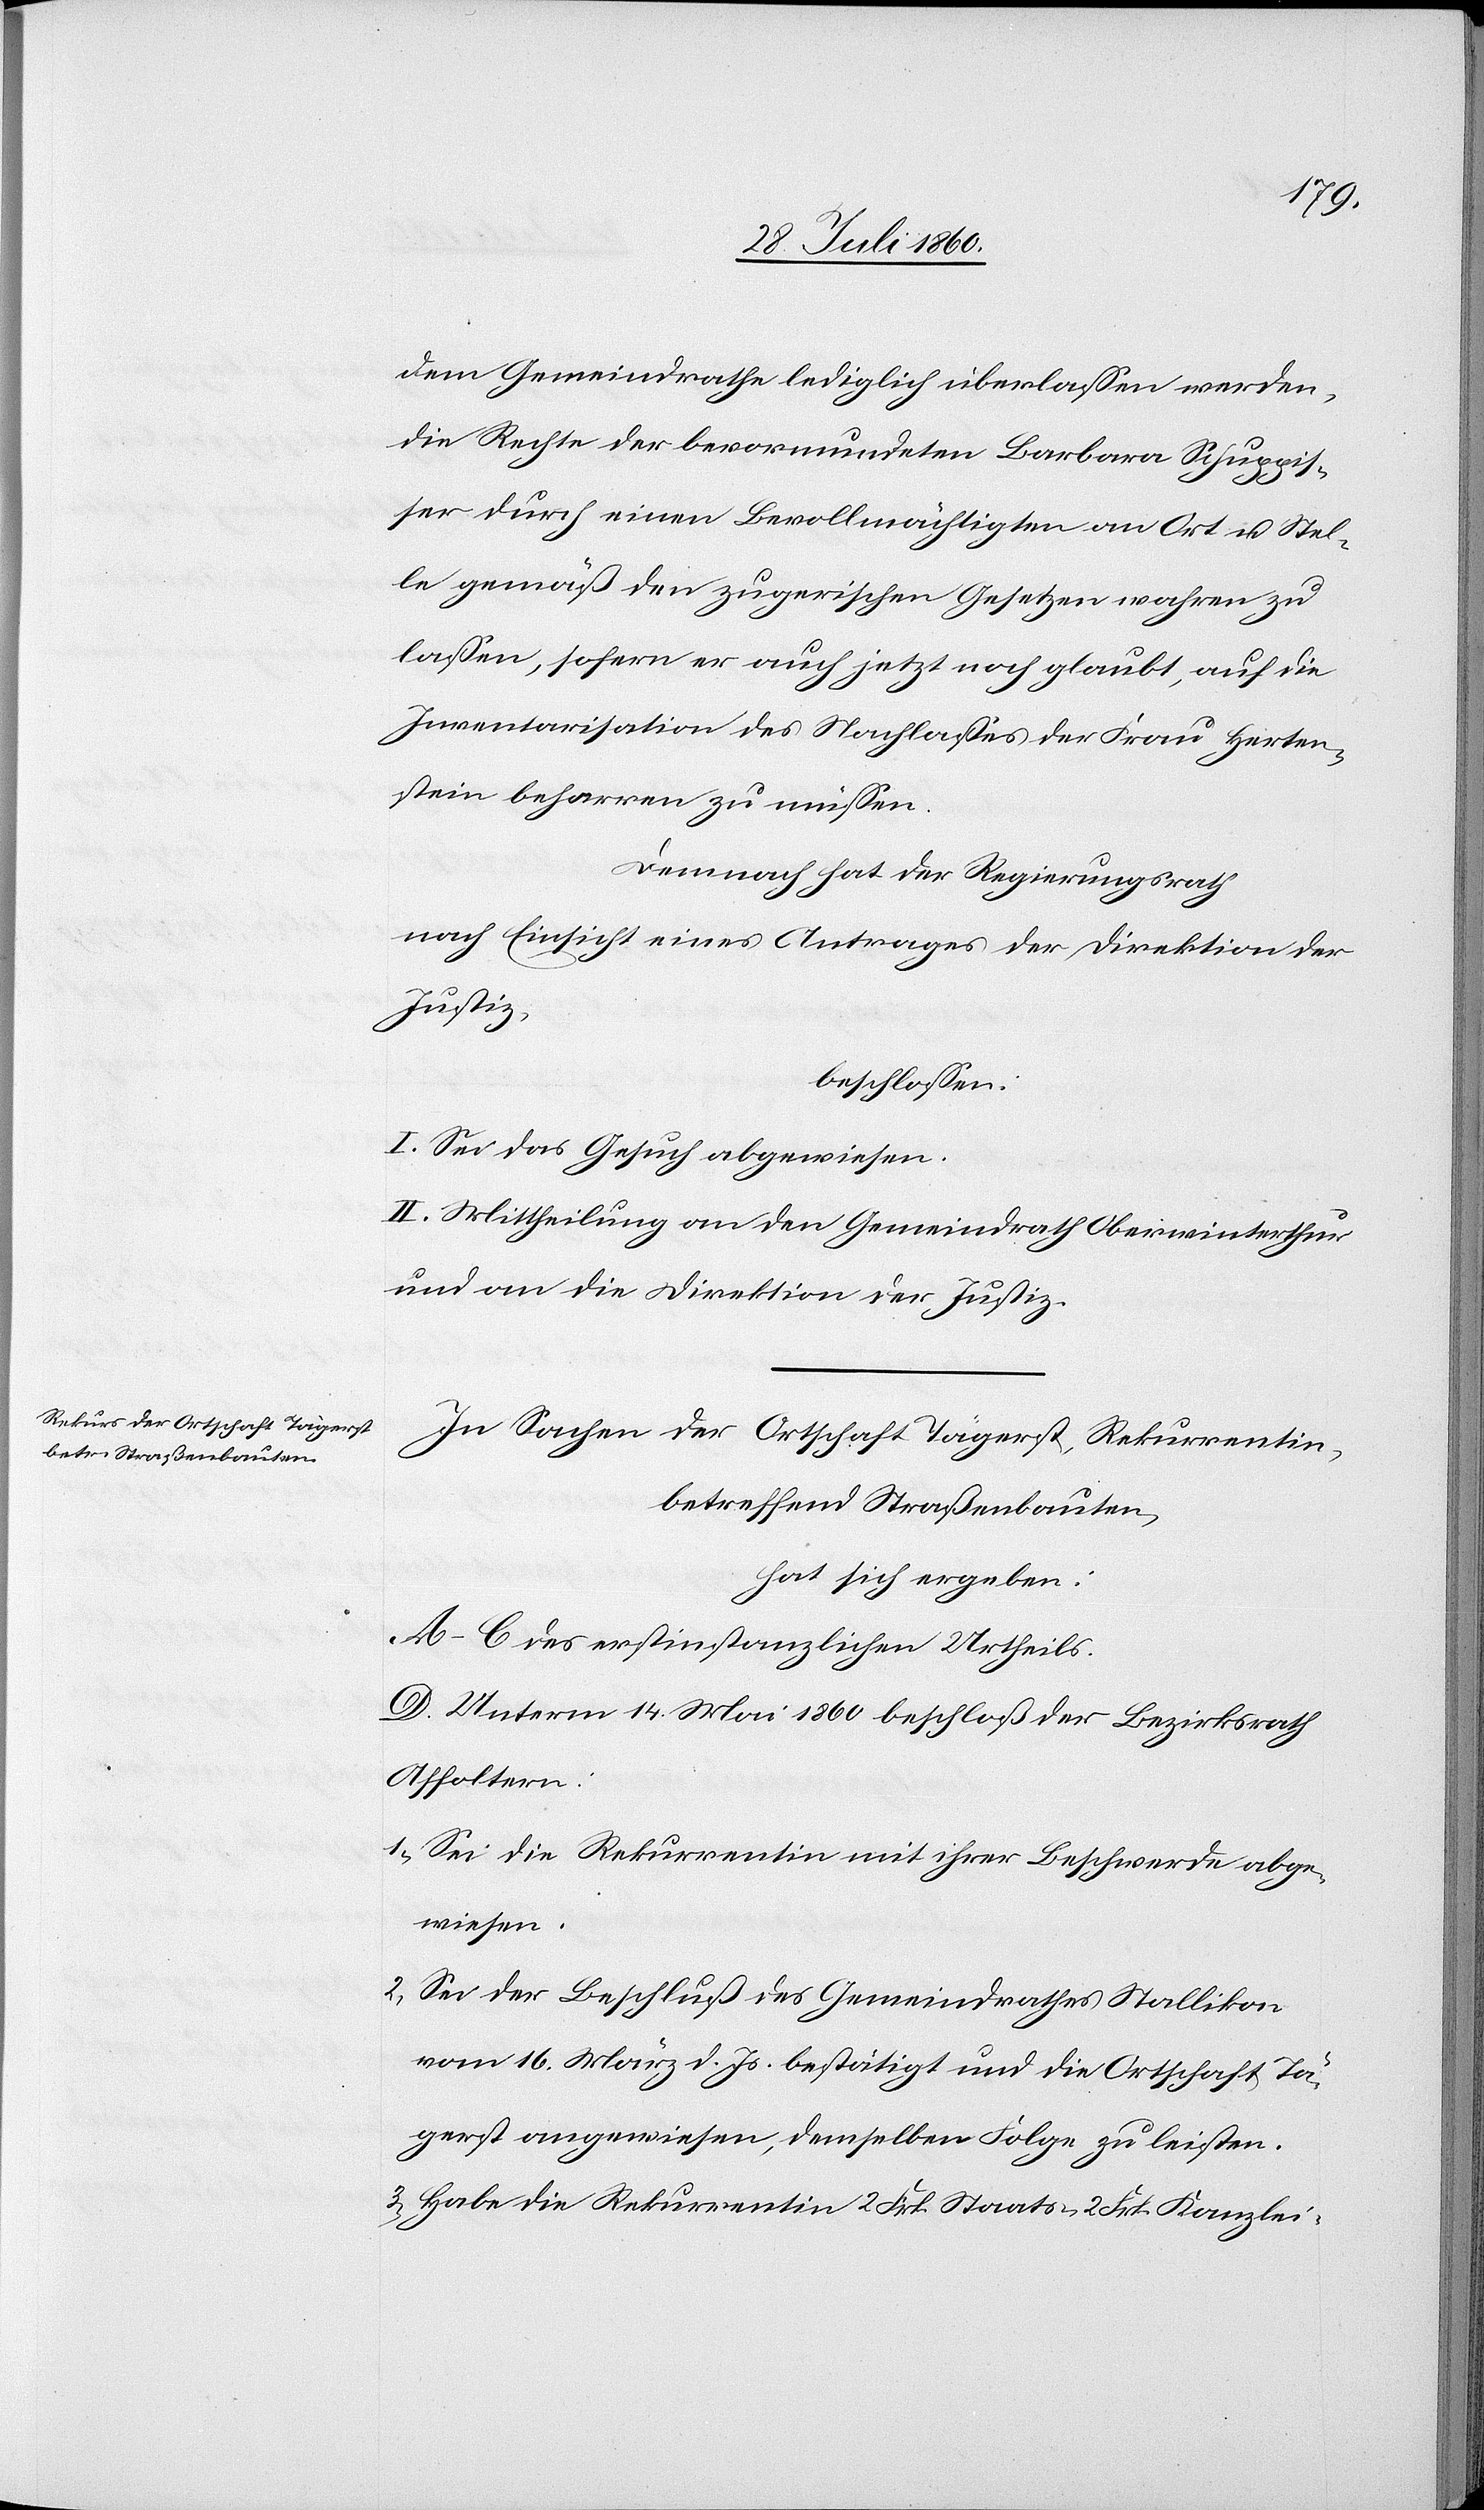
dem Gemeindrathe lediglich überlassen werden,
die Rechte der bevormundeten Barbara Schuppis¬
ser durch einen Bevollmächtigten an Ort u. Stel¬
le gemäß den zugerischen Gesetzen wahren zu
lassen, sofern er auch jetzt noch glaubt, auf die
Inventarisation des Nachlasses der Frau Herten¬
stein beharren zu müssen[.]
Demnach hat der Regierungsrath,
nach Einsicht eines Antrages der Direktion der
Justiz,
beschlossen:
I. Sei das Gesuch abgewiesen.
II. Mittheilung an den Gemeindrath Oberwinterthur
und an die Direktion der Justiz.
In Sachen der Ortschaft Tägerst, Rekurrentin
betreffend Strassenbauten
hat sich ergeben:
A–C. Des erstinstanzlichen Urtheils.
D. Unterm 14. Mai beschloss der Bezirksrath
Affoltern.
1. Sei die Rekurrentin mit ihrer Beschwerde abge¬
wiesen.
2. Sei der Beschluss des Gemeindrathes Stallikon
vom 16. März d. Js. bestätigt und die Ortschaft Tä¬
gerst angewiesen, demselben Folge zu leisten.
3. Habe die Rekurrentin 2 Frk. Staats- 1 fcs. Kanzlei-